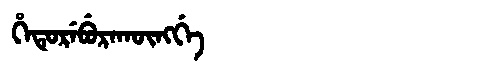
Manchu: ᡥᡝᡨᡠᡵᡝᠪᡠᡵᠠᡴᡡᠩᡤᡝ
Romanization: HETUREBURAKŪNGGE